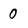
Character: 0